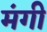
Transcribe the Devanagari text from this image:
मंगी